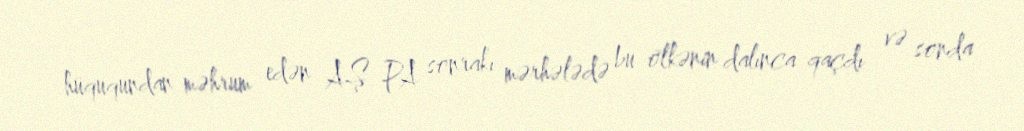
hüququndan məhrum edən AŞ PA sonrakı mərhələdə bu ölkənin dalınca qaçdı və sonda